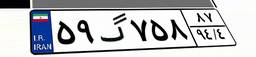
۵۹گ۷۵۸۸۷